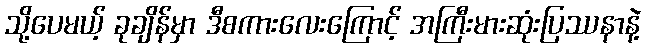
သို့ပေမယ့် ခုချိန်မှာ ဒီစကားလေးကြောင့် အကြီးမားဆုံးပြဿနာနဲ့